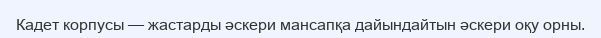
Кадет корпусы — жастарды әскери мансапқа дайындайтын әскери оқу орны.